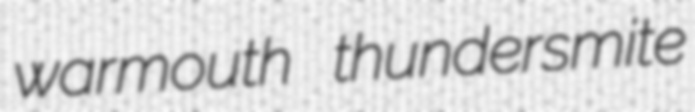
warmouth thundersmite